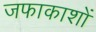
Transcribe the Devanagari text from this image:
जफाकाशों